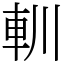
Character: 䡅